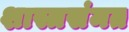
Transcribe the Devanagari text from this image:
शास्त्रसंमत